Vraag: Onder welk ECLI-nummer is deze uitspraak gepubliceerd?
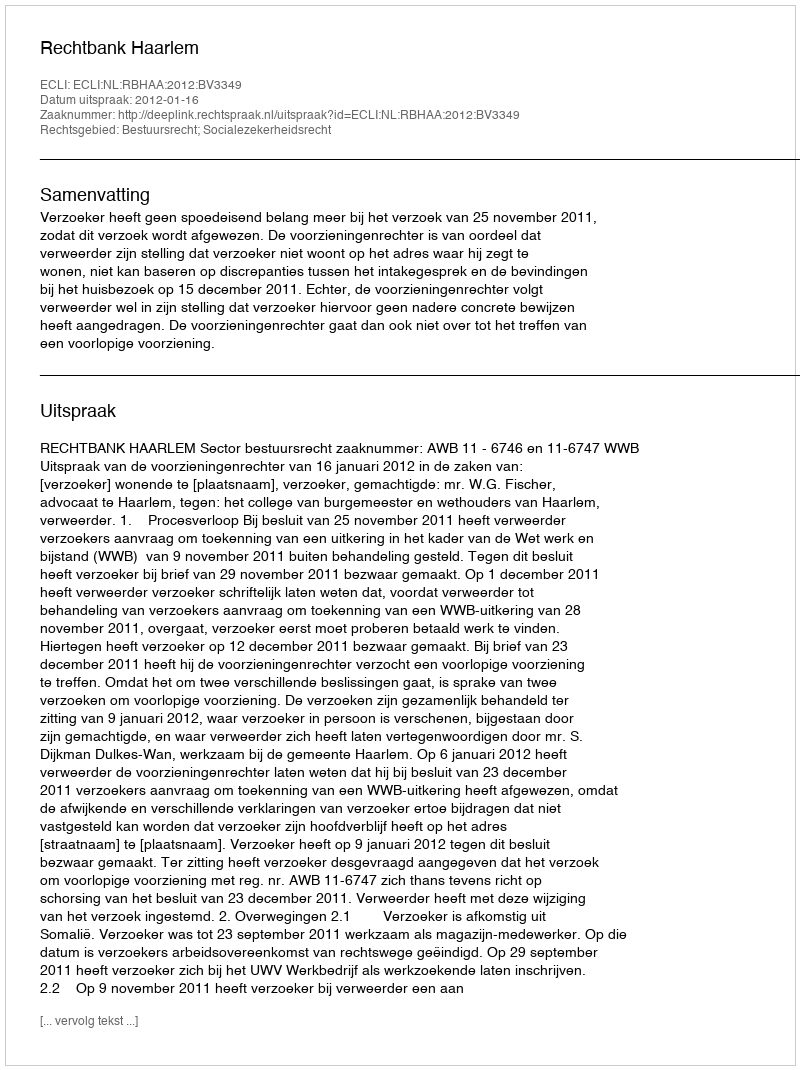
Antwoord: ECLI:NL:RBHAA:2012:BV3349